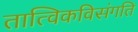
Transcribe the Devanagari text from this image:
तात्विकविसंगति